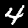
Digit: 4